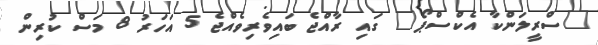
"ސްރީލަންކާ އެކްސްޕޯ" ގައި ރާއްޖެ ބައިވެރިވެއްޖެ 5 އަހަރު 8 މަސް ކުރިން